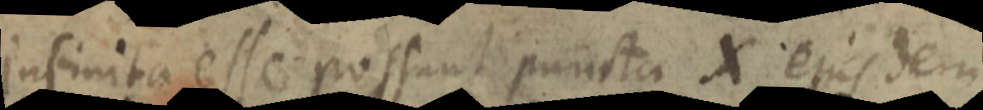
infinita esse possunt puncta X ejus dem